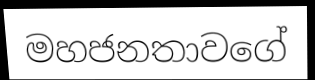
මහජනතාවගේ